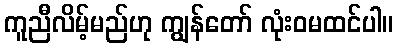
ကူညီလိမ့်မည်ဟု ကျွန်တော် လုံးဝမထင်ပါ။